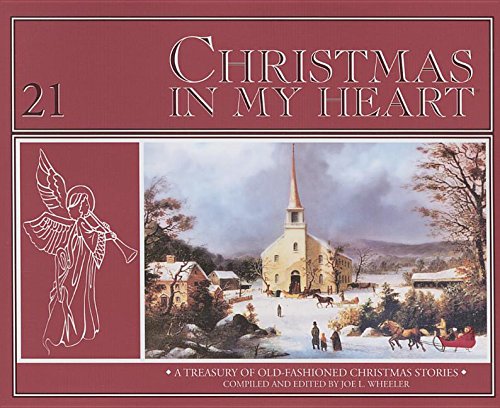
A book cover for Christmas in My Heart: A Treasury of Timeless Christmas Stories (Focus on the Family Presents); Joe L., PH.D. Wheeler; Christian Books & Bibles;